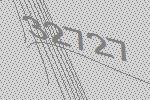
32727